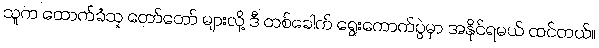
သူက ထောက်ခံသူ တော်တော် များလို့ ဒီ တစ်ခေါက် ရွေးကောက်ပွဲမှာ အနိုင်ရမယ် ထင်တယ်။